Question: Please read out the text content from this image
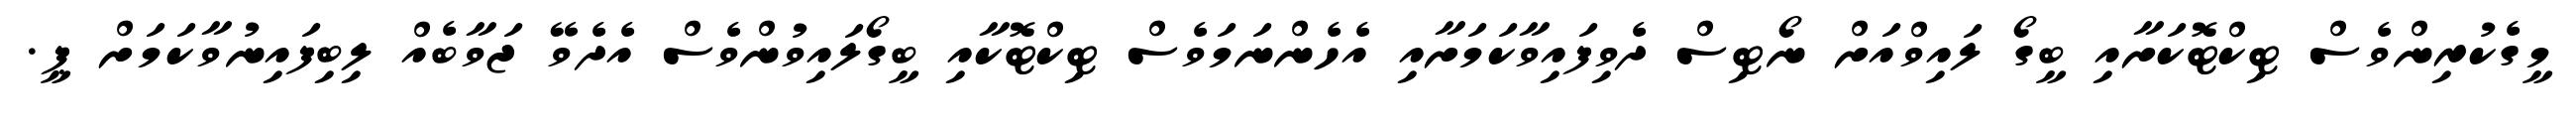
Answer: މީގެކުރިންވެސް ޓިކްޓޮކަށާއި ބީގޯ ލައިވްއަށް ނޯޓިސް ދެވިފައިވާކަމަށާއި އެހެންނަމަވެސް ޓިކްޓޮކާއި ބީގޯލައިވުންވެސް އެދެވޭ ޖަވާބެއް ލިބިފައިނުވާކަމަށް ޕީ.